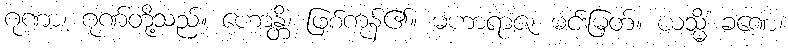
ဂုဏာ၊ ဂုဏ်တို့သည်။ ဟောန္တိ၊ ဖြစ်ကုန်၏။ မဟာရာဇ၊ မင်းမြတ်။ ယသ္မိံ ခဏေ၊